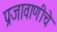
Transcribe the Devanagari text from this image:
प्रजावाणीचे